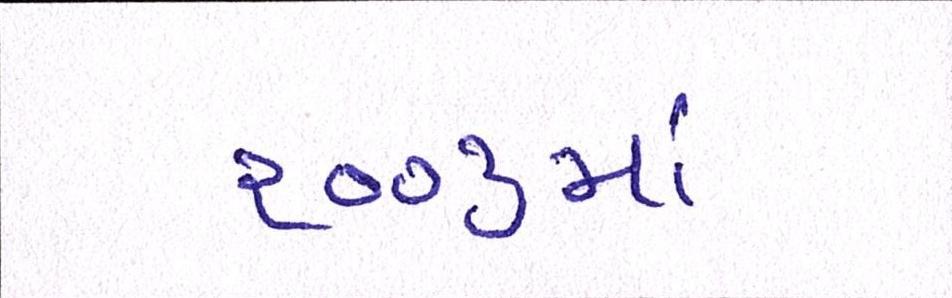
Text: ૨૦૦૩માં